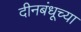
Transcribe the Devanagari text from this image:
दीनबंधूच्या